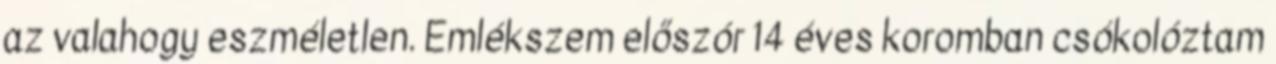
az valahogy eszméletlen. Emlékszem előszór 14 éves koromban csókolóztam